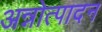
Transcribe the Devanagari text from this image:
अन्नोत्पादन